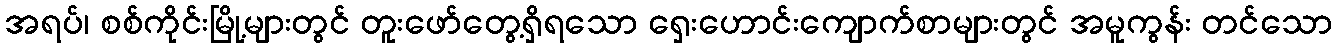
အရပ်၊ စစ်ကိုင်းမြို့များတွင် တူးဖော်တွေ့ရှိရသော ရှေးဟောင်းကျောက်စာများတွင် အမူကွန်း တင်သော